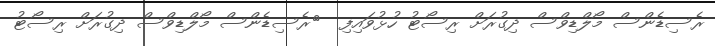
ރެސިޑެންސް މޯލްޑިވްސް ދިގުރަށް ރިސޯޓު ހުޅުވައިިފި  	ރެސިޑެންސް މޯލްޑިވްސް ދިގުރަށް ރިސޯޓު